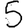
Digit: 5